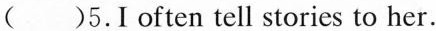
()5.I often tell stories to her.